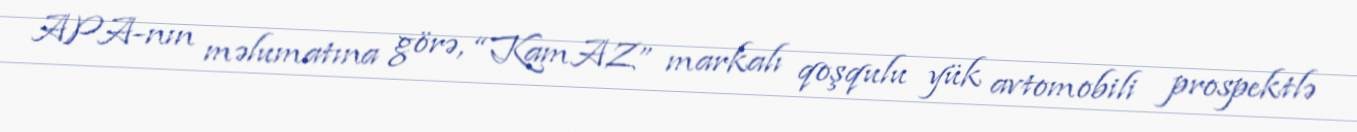
APA-nın məlumatına görə, “KamAZ” markalı qoşqulu yük avtomobili prospektlə